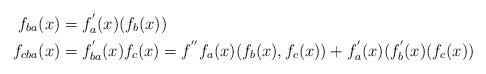
LaTeX: \begin{align*} f_{ba} (x) &= f_a^{'} (x)(f_b(x)) \\ f_{cba} (x) &= f_{ba}^{'} (x)f_c(x) = f^{''} f_a (x) (f_b (x),f_c(x)) + f_a^{'} (x)(f_b^{'}(x)(f_c(x)) \end{align*}